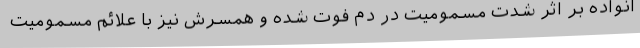
انواده بر اثر شدت مسمومیت در دم فوت شده و همسرش نیز با علائم مسمومیت